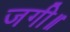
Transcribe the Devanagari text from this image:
जगी॥